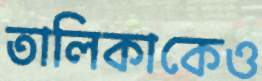
তালিকাকেও